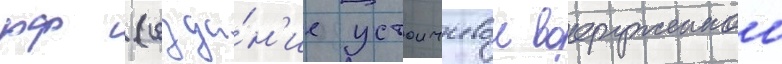
рф (созда́н'ие устоичивои вооруженнои